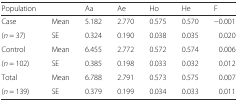
<table><thead><tr><td><b>Population</b></td><td></td><td><b>Aa</b></td><td><b>Ae</b></td><td><b>Ho</b></td><td><b>He</b></td><td><b>F</b></td></tr></thead><tbody><tr><td>Case</td><td>Mean</td><td>5.182</td><td>2.770</td><td>0.575</td><td>0.570</td><td>−0.001</td></tr><tr><td>(<i>n</i> = 37)</td><td>SE</td><td>0.324</td><td>0.190</td><td>0.038</td><td>0.035</td><td>0.020</td></tr><tr><td>Control</td><td>Mean</td><td>6.455</td><td>2.772</td><td>0.572</td><td>0.574</td><td>0.006</td></tr><tr><td>(<i>n</i> = 102)</td><td>SE</td><td>0.385</td><td>0.198</td><td>0.033</td><td>0.032</td><td>0.012</td></tr><tr><td>Total</td><td>Mean</td><td>6.788</td><td>2.791</td><td>0.573</td><td>0.575</td><td>0.007</td></tr><tr><td>(<i>n</i> = 139)</td><td>SE</td><td>0.379</td><td>0.199</td><td>0.034</td><td>0.033</td><td>0.011</td></tr></tbody></table>